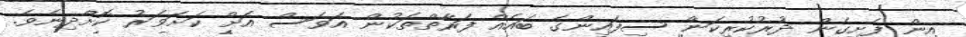
އިން ފެށިގެން ދުރުކުރިކަން ސިފައިންގެ ބައެއް ފަރާތްތަކުން އަވަސް އަށް ކަށަވަރު ކޮށްދިނެވެ.